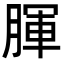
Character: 腪